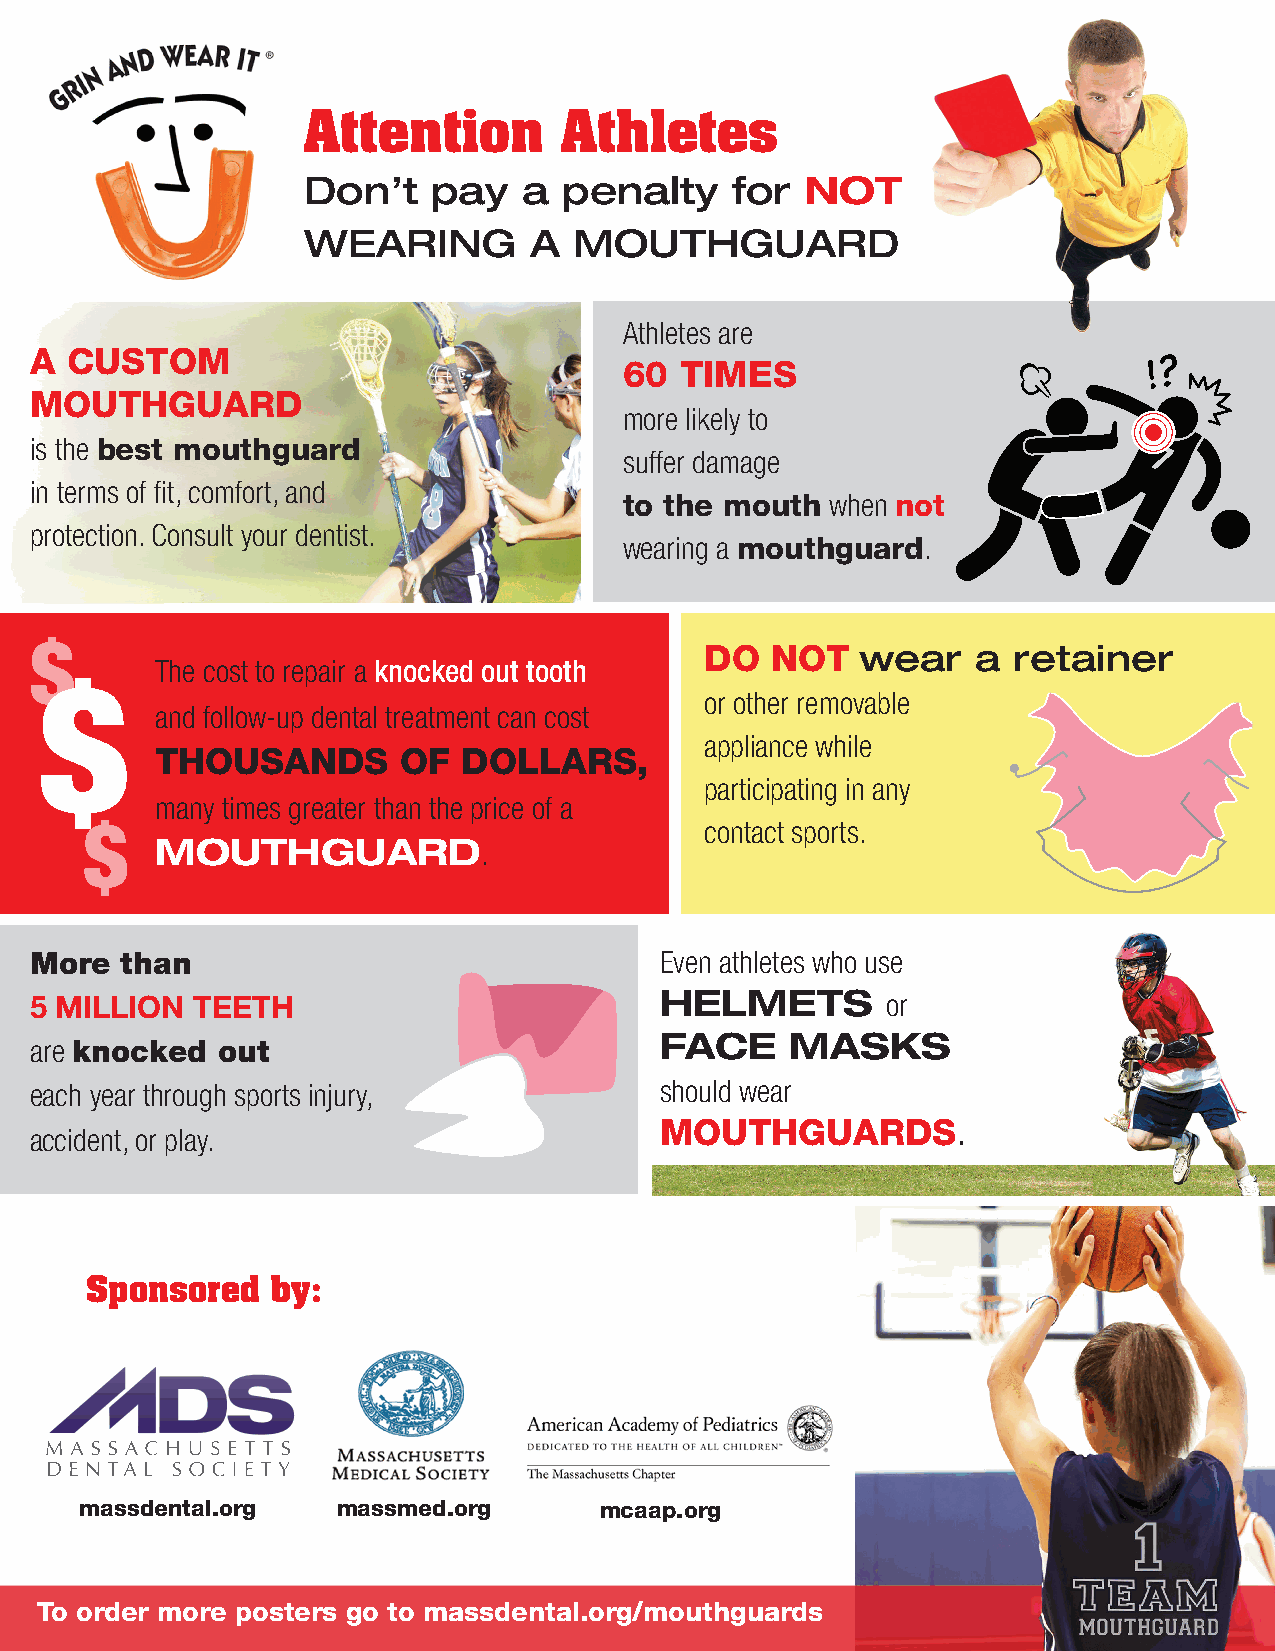
Attention        Athletes
 Don’t    pay   a penalty    for  NOT
 WEARING        A  MOUTHGUARD
 Athletes are
 A CUSTOM
 60  TIMES
 MOUTHGUARD
 more likely to
 is the best mouthguard
 suffer damage
 in terms of fit, comfort, and
 to the mouth  when not
 protection. Consult your dentist.
 wearing a mouthguard.
 $
 DO  NOT   wear    a retainer
 The cost to repair a knocked out tooth
 $
 or other removable
 and follow-up dental treatment can cost
 appliance while
 THOUSANDS       OF   DOLLARS,
 participating in any
 many times greater than the price of a
 $                                        contact sports.
 MOUTHGUARD.
 More  than                                Even athletes who use
 5 MILLION  TEETH                          HELMETS        or
 FACE    MASKS
 are knocked out
 each year through sports injury,          should wear
 MOUTHGUARDS.
 accident, or play.
 Sponsored   by:
 massdental.org   massmed.org       mcaap.org
 To order more posters go to massdental.org/mouthguards